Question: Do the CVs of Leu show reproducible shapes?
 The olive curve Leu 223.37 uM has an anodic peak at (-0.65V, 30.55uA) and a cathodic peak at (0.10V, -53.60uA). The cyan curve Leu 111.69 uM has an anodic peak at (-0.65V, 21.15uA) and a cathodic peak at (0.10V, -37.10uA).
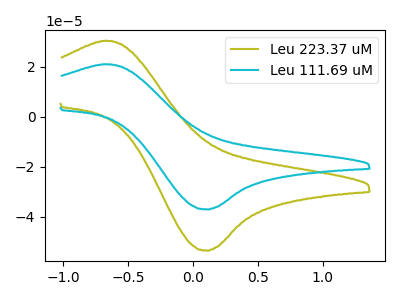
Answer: <think>All the peaks in "Leu 223.37 uM" have a peak in "Leu 111.69 uM" at the same potential. Every peak in "Leu 223.37 uM" is higher than every peak in "Leu 111.69 uM".
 </think>
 <answer>All the CV's of "Leu" have similar shape.</answer>
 <eval>follow_rule</eval>